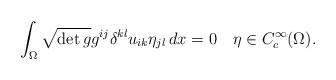
LaTeX: \begin{align*}\int_{\Omega}\sqrt{\det g}g^{ij}\delta^{kl}u_{ik}\eta_{jl}\,dx=0\text{}\ \ \ \eta\in C_{c}^{\infty}(\Omega). \end{align*}